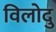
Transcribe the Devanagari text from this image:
विलोदु